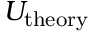
U _ { \mathrm { t h e o r y } }